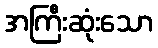
အကြီးဆုံးသော